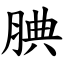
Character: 腆